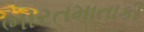
ભારતમાતાકી